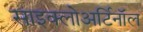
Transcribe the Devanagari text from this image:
साइक्लोअर्टिनॉल